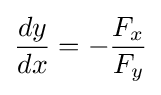
{\frac {dy}{dx}}=-{\frac {F_{x}}{F_{y}}}